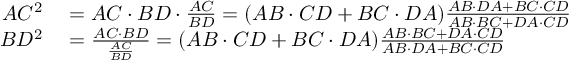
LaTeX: \begin{array} { r l } { A C ^ { 2 } } & { { } = A C \cdot B D \cdot { \frac { A C } { B D } } = ( A B \cdot C D + B C \cdot D A ) { \frac { A B \cdot D A + B C \cdot C D } { A B \cdot B C + D A \cdot C D } } } \\ { B D ^ { 2 } } & { { } = { \frac { A C \cdot B D } { \frac { A C } { B D } } } = ( A B \cdot C D + B C \cdot D A ) { \frac { A B \cdot B C + D A \cdot C D } { A B \cdot D A + B C \cdot C D } } } \end{array}